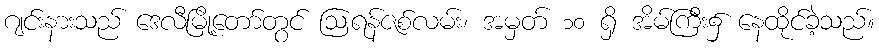
ဂျင်းနားသည် ဒေလီမြို့တော်တွင် ဩရန်ဇစ်လမ်း၊ အမှတ် ၁၀ ရှိ အိမ်ကြီး၌ နေထိုင်ခဲ့သည်။